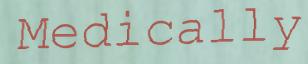
Medically